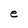
Character: e